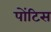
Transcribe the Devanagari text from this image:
पोंटिस